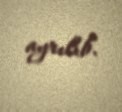
ayrılıb.